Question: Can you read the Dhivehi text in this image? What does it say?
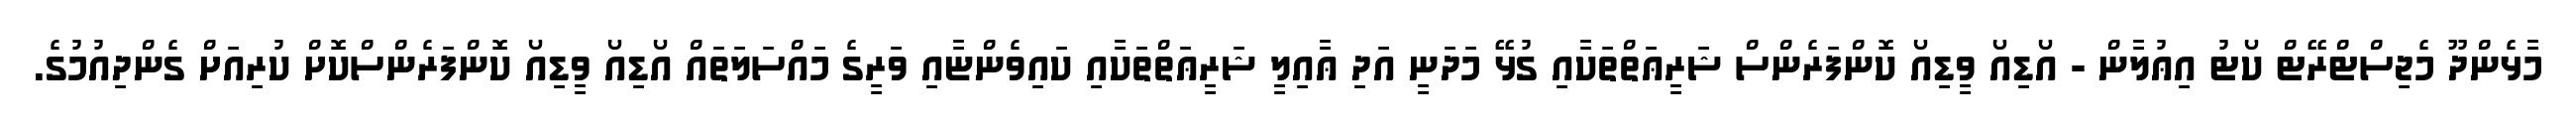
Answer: މާޅެންދޫ މެޖިސްޓްރޭޓް ކޯޓު އިޢުލާން - އޯޑިއޯ ވީޑިއޯ ކޮންފަރެންސް ޝަރީޢަތްތަކާއި ގުޅޭ މަދަނީ އަދި ޢާއިލީ ޝަރީޢަތްތަކާއި ކައިވެންޏާއި ވަރީގެ މައްސަލަތައް އޯޑިއޯ ވީޑިއޯ ކޮންފަރެންސްކޮށް ކުރިއަށް ގެންދިއުމުގެ.